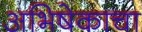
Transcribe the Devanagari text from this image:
अभिषेकाचा